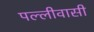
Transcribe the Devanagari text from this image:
पल्लीवासी